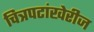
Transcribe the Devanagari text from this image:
चित्रपटांखेरीज